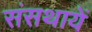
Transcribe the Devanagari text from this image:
संसथायें